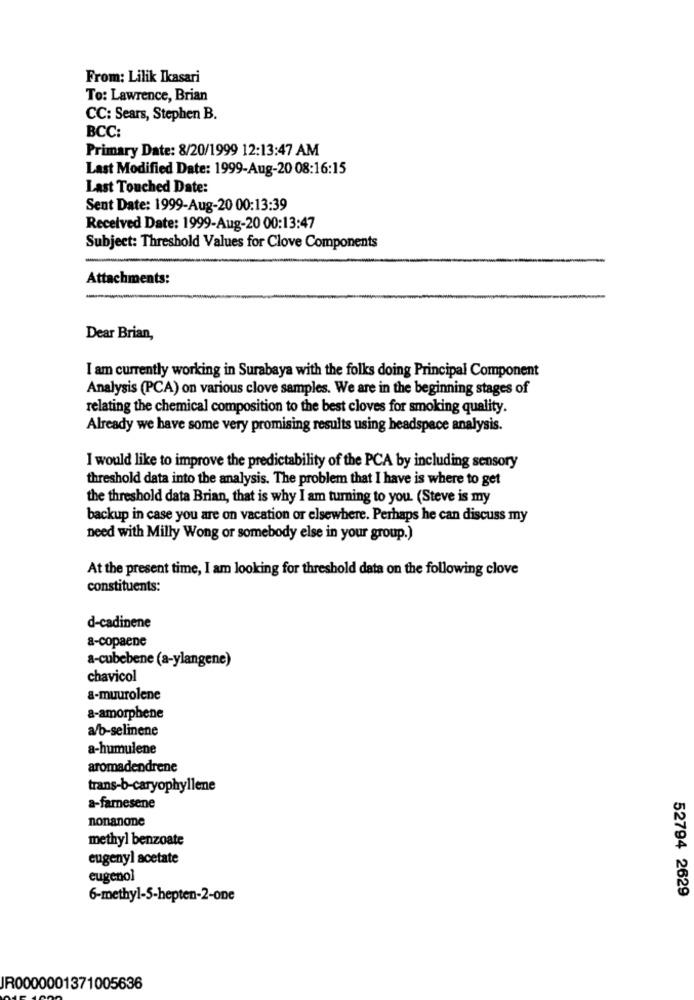
From: Lilik Ikasari
To: Lawrence, Brian
CC: Sears, Stephen B.
BCC:
Primary Date: 8/20/1999 12:13:47 AM
Last Modified Date: 1999-Aug-20 08:16:15
Last Touched Date:
Sent Date: 1999-Aug-20 00:13:39
Received Date: 1999-Aug-20 00:13:47
Subject: Threshold Values for Clove Components
Attachments:
Dear Brian,
I am currently working in Surabaya with the folks doing Principal Component
Analysis (PCA) on various clove samples. We are in the beginning stages of
relating the chemical composition to the best cloves for smoking quality.
Already we have some very promising results using headspace analysis.
I would like to improve the predictability of the PCA by including sensory
threshold data into the analysis. The problem that I have is where to get
the threshold data Brian, that is why I am turning to you. (Steve is my
backup in case you are on vacation or elsewhere. Perhaps he can discuss my
need with Milly Wong or somebody else in your group.)
At the present time, I am looking for threshold data on the following clove
constituents:
d-cadinene
a-copaene
a-cubebene (a-ylangene)
chavicol
a-muurolene
a-amorphene
a/b-selinene
a-humulene
aromadendrene
trans-b-caryophyllene
a-farnesene
nonanone
methyl benzoate
eugenyl acetate
eugenol
6-methyl-5-hepten-2-one
52794 2629
JR0000001371005636